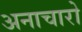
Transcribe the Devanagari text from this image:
अनाचारो